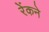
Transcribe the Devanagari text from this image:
रेंकने